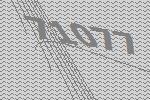
71077